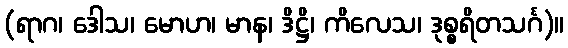
(ရာဂ၊ ဒေါသ၊ မောဟ၊ မာန၊ ဒိဋ္ဌိ၊ ကိလေသ၊ ဒုစ္စရိတသင်္ဂ)။